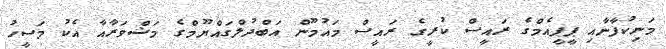
މަނިކުފާނާއި ޕީޕީއެމްގެ ރައީސް ކުރީގެ ރައީސް މައުމޫން އަބްދުލްގައްޔޫމްގެ މަޝްވަރާއާ އެކު މަސީހު